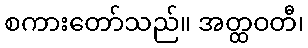
စကားတော်သည်။ အတ္ထဝတီ၊